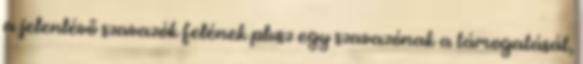
a jelenlévő szavazók felének plusz egy szavazónak a támogatását,